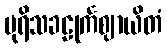
ပုရိသခဠုင်္ကဈာယိတံ